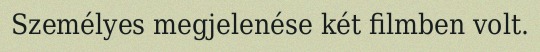
Személyes megjelenése két filmben volt.